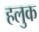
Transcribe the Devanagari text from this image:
हलुक